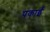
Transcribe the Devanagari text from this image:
पकाईं